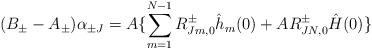
LaTeX: \begin{align*}(B_\pm-A_\pm)\alpha_{\pm J} = A\{\sum_{m=1}^{N-1}R^\pm_{Jm,0}\hat h_m(0) + AR^\pm_{JN,0}\hat H(0)\} \end{align*}